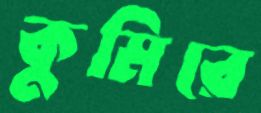
কুমিরে